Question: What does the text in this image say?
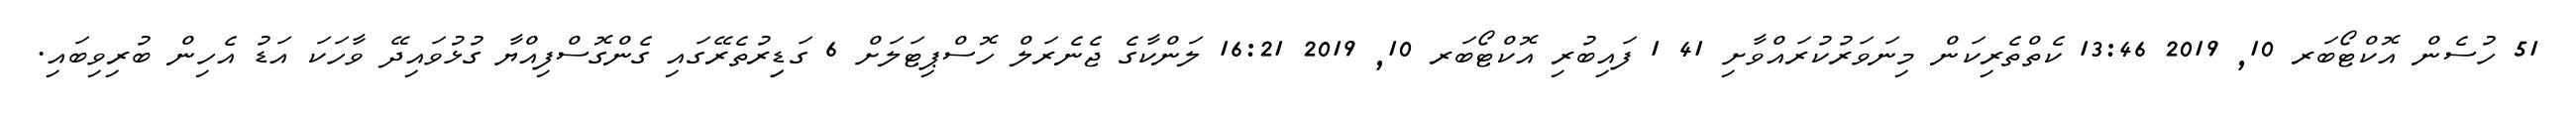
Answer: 51 ހުސެން އޮކްޓޯބަރ 10, 2019 13:46 ކެތްތެރިކަން މިނަވަރުކުރައްވާށި 41 1 ފައިބުރި އޮކްޓޯބަރ 10, 2019 16:21 ލަންކާގެ ޖެނެރަލް ހޮސްޕިޓަލަށް 6 ގަޑިިރުތެރޭގައި ގެންގޮސްފިއްޔާ ގުޅުވައިދޭ ވާހަކަ އަޑު އެހިން ބުރިވިބައި.